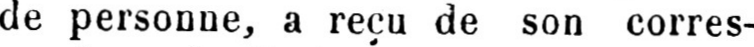
de personne, a reçu de son corres-